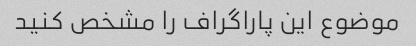
موضوع این پاراگراف را مشخص کنید